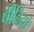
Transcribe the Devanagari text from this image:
पीढिय़ो